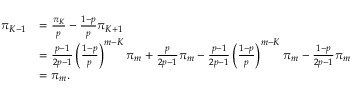
\begin{array} { r l } { \pi _ { K - 1 } } & { = \frac { \pi _ { K } } { p } - \frac { 1 - p } { p } \pi _ { K + 1 } } \\ & { = \frac { p - 1 } { 2 p - 1 } \left( \frac { 1 - p } { p } \right) ^ { m - K } \pi _ { m } + \frac { p } { 2 p - 1 } \pi _ { m } - \frac { p - 1 } { 2 p - 1 } \left( \frac { 1 - p } { p } \right) ^ { m - K } \pi _ { m } - \frac { 1 - p } { 2 p - 1 } \pi _ { m } } \\ & { = \pi _ { m } . } \end{array}